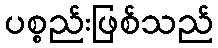
ပစ္စည်းဖြစ်သည်